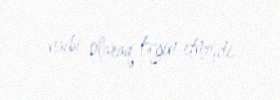
naibi olaraq təyin etmişdi.